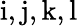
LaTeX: \mathrm{i,j,k,l}